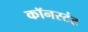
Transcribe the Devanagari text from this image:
कॉनस्टंट